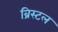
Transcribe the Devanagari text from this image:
ब्रिस्‍टल